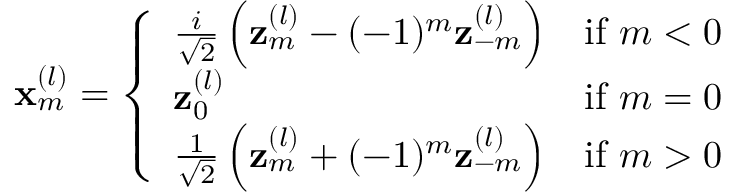
\mathbf { x } _ { m } ^ { ( l ) } = \left\{ \begin{array} { l l } { \frac { i } { \sqrt { 2 } } \left( \mathbf { z } _ { m } ^ { ( l ) } - ( - 1 ) ^ { m } \mathbf { z } _ { - m } ^ { ( l ) } \right) } & { \mathrm { i f ~ } m < 0 } \\ { \mathbf { z } _ { 0 } ^ { ( l ) } } & { \mathrm { i f ~ } m = 0 } \\ { \frac { 1 } { \sqrt { 2 } } \left( \mathbf { z } _ { m } ^ { ( l ) } + ( - 1 ) ^ { m } \mathbf { z } _ { - m } ^ { ( l ) } \right) } & { \mathrm { i f ~ } m > 0 } \end{array} \right.